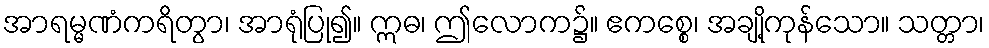
အာရမ္မဏံကရိတွာ၊ အာရုံပြု၍။ ဣဓ၊ ဤလောက၌။ ဧကစ္စေ၊ အချို့ကုန်သော။ သတ္တာ၊